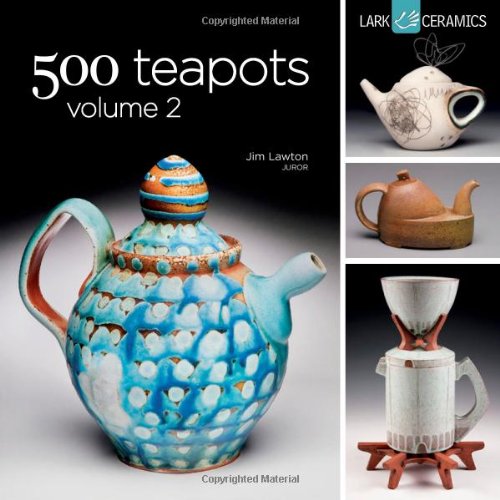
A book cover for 500 Teapots Volume 2 (500 Series); Jim Lawton; Crafts, Hobbies & Home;